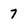
Character: 7